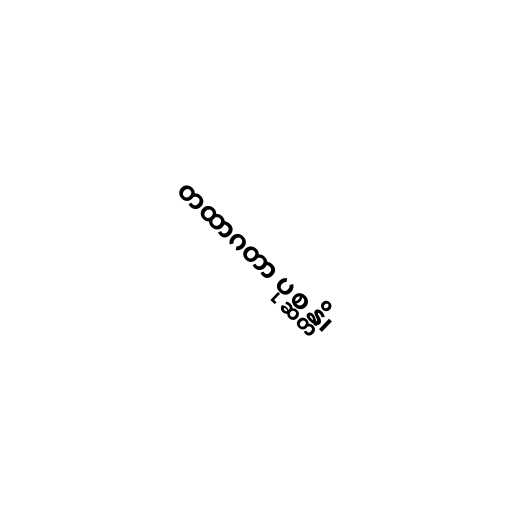
တထာဂတာ ပုစ္ဆန္တိ၊